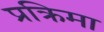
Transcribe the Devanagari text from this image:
प्रक्रिमा